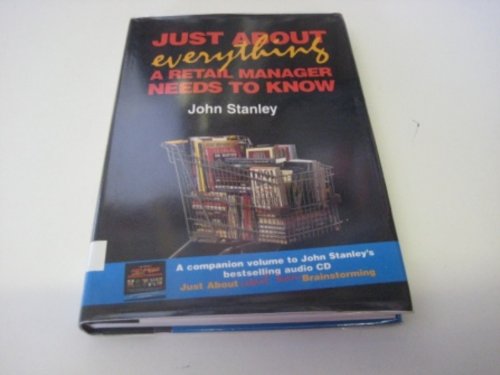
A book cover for Just About Everything a Retail Manager Needs to Know; John Stanley; Business & Money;